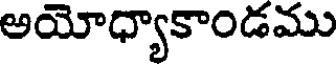
అయోధ్యాకాండము